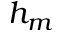
h _ { m }